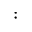
: